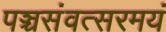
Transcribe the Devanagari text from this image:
पञ्चसंवत्सरमयं